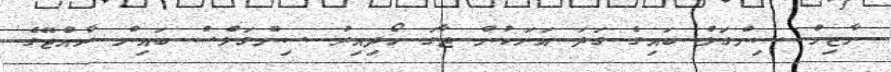
ނާޒިމް ސިންގަލް ބައިގެ ގަދަ އަށަކުން ޖާގަ ހޯދިއިރު ސިންގަލްސް ބައިން ރާއްޖޭގެ